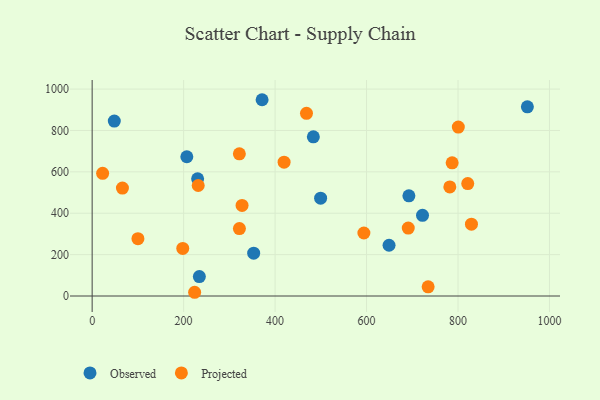
{"axis": {"x": "Study Hours", "y": "Profit"}, "legend": ["Observed", "Projected"], "data": [{"x": "499.6", "y": 472.9, "type": "Observed"}, {"x": "234.4", "y": 94.0, "type": "Observed"}, {"x": "353.2", "y": 207.2, "type": "Observed"}, {"x": "483.7", "y": 769.5, "type": "Observed"}, {"x": "649.2", "y": 245.2, "type": "Observed"}, {"x": "951.7", "y": 914.1, "type": "Observed"}, {"x": "230.6", "y": 566.1, "type": "Observed"}, {"x": "371.6", "y": 948.6, "type": "Observed"}, {"x": "207.0", "y": 672.9, "type": "Observed"}, {"x": "48.4", "y": 845.3, "type": "Observed"}, {"x": "722.4", "y": 390.1, "type": "Observed"}, {"x": "692.6", "y": 484.2, "type": "Observed"}, {"x": "594.2", "y": 304.4, "type": "Projected"}, {"x": "198.1", "y": 229.9, "type": "Projected"}, {"x": "22.9", "y": 593.0, "type": "Projected"}, {"x": "327.8", "y": 437.7, "type": "Projected"}, {"x": "321.9", "y": 687.2, "type": "Projected"}, {"x": "322.0", "y": 325.7, "type": "Projected"}, {"x": "782.1", "y": 527.3, "type": "Projected"}, {"x": "821.3", "y": 543.4, "type": "Projected"}, {"x": "787.2", "y": 643.6, "type": "Projected"}, {"x": "468.7", "y": 883.1, "type": "Projected"}, {"x": "231.9", "y": 534.1, "type": "Projected"}, {"x": "734.7", "y": 44.1, "type": "Projected"}, {"x": "691.2", "y": 328.3, "type": "Projected"}, {"x": "829.4", "y": 347.0, "type": "Projected"}, {"x": "800.7", "y": 816.4, "type": "Projected"}, {"x": "100.1", "y": 276.9, "type": "Projected"}, {"x": "419.7", "y": 646.9, "type": "Projected"}, {"x": "224.1", "y": 18.0, "type": "Projected"}, {"x": "66.2", "y": 521.5, "type": "Projected"}]}